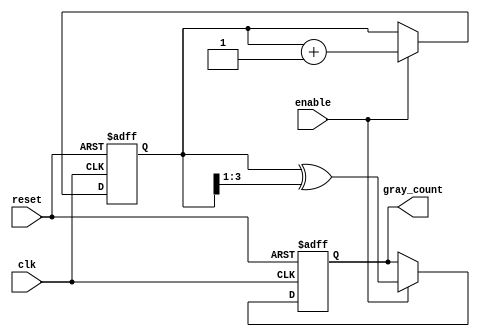
module gray_code_counter (
    input wire clk,           // Clock signal
    input wire reset,         // Asynchronous reset signal
    input wire enable,        // Enable signal for counting
    output reg [N-1:0] gray_count // Gray code output
);
    parameter N = 4; // Number of bits for the counter

    reg [N-1:0] bin_count; // Binary counter

    // Asynchronous reset and counting logic
    always @(posedge clk or posedge reset) begin
        if (reset) begin
            bin_count <= 0; // Reset binary counter to 0
            gray_count <= 0; // Reset gray count to 0
        end else if (enable) begin
            bin_count <= bin_count + 1; // Increment binary counter
            gray_count <= bin_count ^ (bin_count >> 1); // Convert to Gray code
        end
    end

endmodule